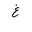
Letter: _gayn